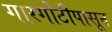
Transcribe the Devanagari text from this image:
गारगोटीपासून